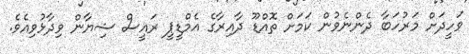
ވަހީދަށް މަރުހަބާ ދެންނެވުން ކަމަށް ތޮއްޑޫ ދާއިރާގެ އެމްޑީޕީ ރައީސް ޝިޔާން ވިދާޅުވިއެވެ.